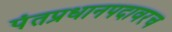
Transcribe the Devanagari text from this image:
पंतप्रधानपदावरच